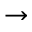
\rightarrow